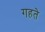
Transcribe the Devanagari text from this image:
गहते